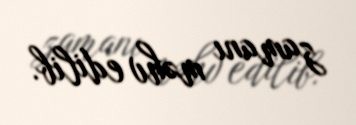
zamanı məhv edilib.